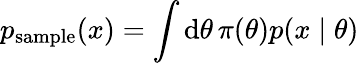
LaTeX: p_{\mathrm{sample}}(x)=\int\mathrm d\theta\, \pi(\theta)p(x\mid\theta)